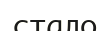
стало